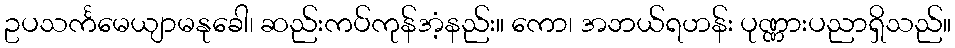
ဥပသင်္ကမေယျာမနုခေါ၊ ဆည်းကပ်ကုန်အံ့နည်း။ ကော၊ အဘယ်ရဟန်း ပုဏ္ဏားပညာရှိသည်။